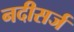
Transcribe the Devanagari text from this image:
नदीसर्ज